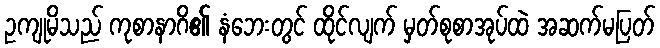
ဥကျုမိသည် ကုစာနာဂိ၏ နံဘေးတွင် ထိုင်လျက် မှတ်စုစာအုပ်ထဲ အဆက်မပြတ်